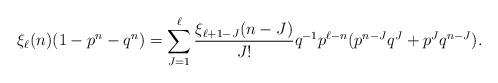
LaTeX: \begin{align*} \xi_{\ell}(n)(1-p^n-q^n) = \sum_{J=1}^\ell \frac{\xi_{\ell+1-J}(n-J)}{J!}q^{-1}p^{\ell-n}(p^{n-J}q^{J} + p^{J}q^{n-J}). \end{align*}